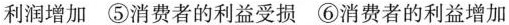
利润增加 ⑤消费者的利益受损 ⑥消费者的利益增加